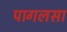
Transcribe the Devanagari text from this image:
पागलसा